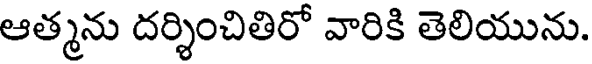
ఆత్మను దర్శించితిరో వారికి తెలియును.